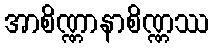
အာစိဏ္ဏာနာစိဏ္ဏဿ